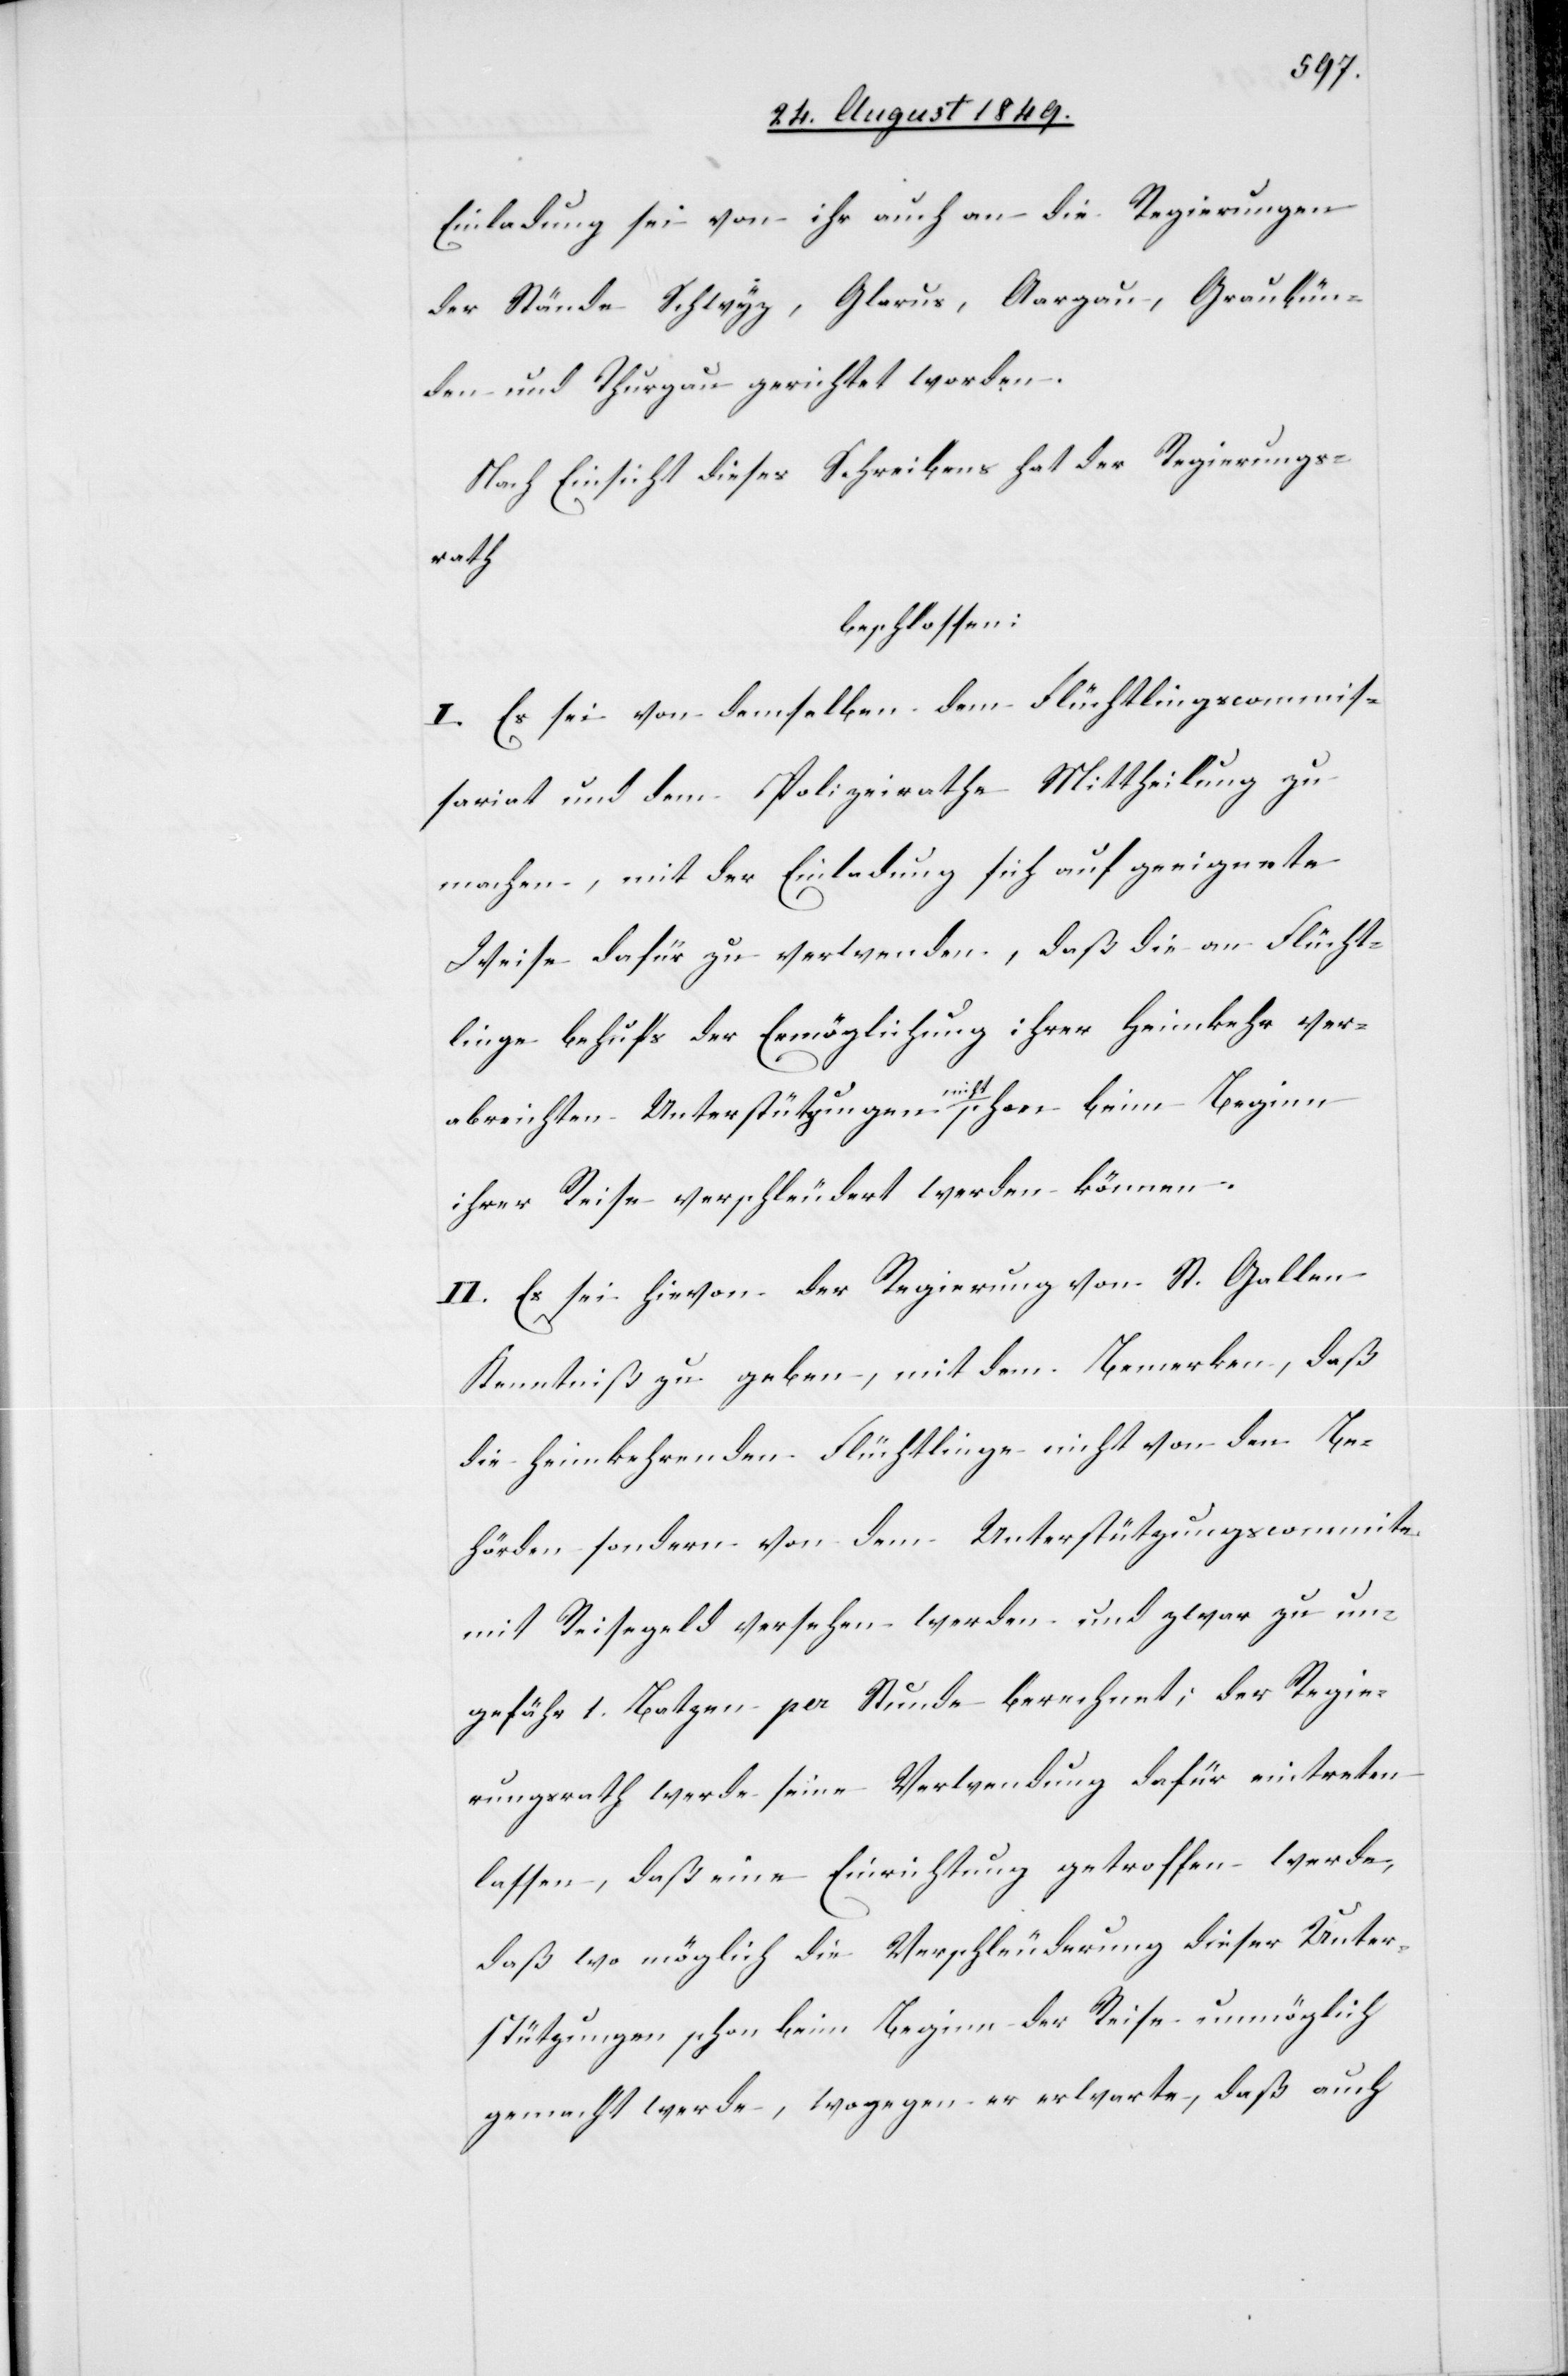
Einladung sei von ihr auch an die Regierungen
der Stände Schwyz, Glarus, Aargau, Graubün¬
den und Thurgau gerichtet worden.
Nach Einsicht dieses Schreibens hat der Regierungs¬
rath
beschlossen:
I. Es sei von demselben dem Flüchtlingscommis¬
sariat und dem Polizeirathe Mittheilung zu
machen, mit der Einladung sich auf geeignete
Weise dafür zu verwenden, daß die an Flücht¬
linge behufs der Ermöglichung ihrer Heimkehr ver¬
abreichten Unterstützungen a-nicht-a schon beim Beginn
ihrer Reise verschleudert werden können.
II. Es sei hievon der Regierung von St. Gallen
Kenntniß zu geben, mit dem Bemerken, daß
die heimkehrenden Flüchtlinge nicht von den Be¬
hörden sondern von dem Unterstützungscommite
mit Reisegeld versehen werden und zwar zu un¬
gefähr 1. Batzen per Stunde berechnet; der Regie¬
rungsrath werde seine Verwendung dafür eintreten
lassen, daß eine Einrichtung getroffen werde,
daß wo möglich die Verschleuderung dieser Unter¬
stützungen schon beim Beginn der Reise unmöglich
gemacht werde, wogegen er erwarte, daß auch